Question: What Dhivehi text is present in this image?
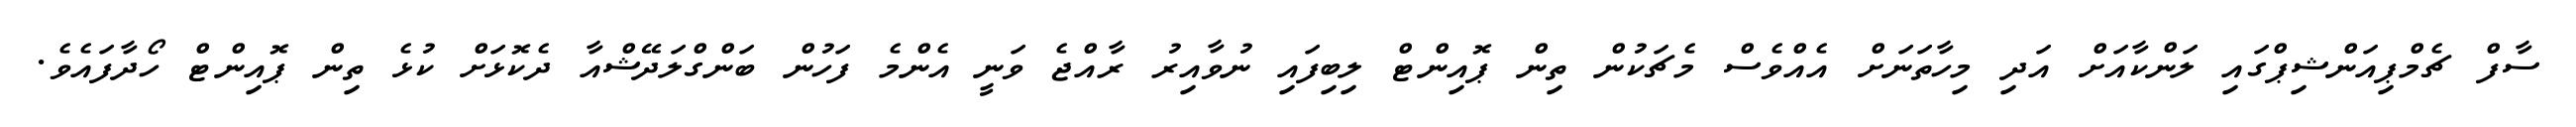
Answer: ސާފް ޗެމްޕިއަންޝިޕްގައި ލަންކާއަށް އަދި މިހާތަނަށް އެއްވެސް މެޗަކުން ތިން ޕޮއިންޓް ލިބިފައި ނުވާއިރު ރާއްޖެ ވަނީ އެންމެ ފަހުން ބަންގްލަދޭޝްއާ ދެކޮޅަށް ކުޅެ ތިން ޕޮއިންޓް ހޯދާފައެވެ.